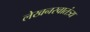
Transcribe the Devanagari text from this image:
लेखनस्वातंत्र्य